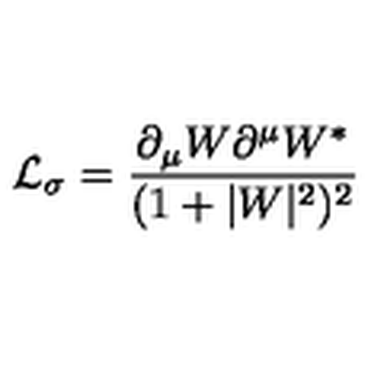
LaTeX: { \cal L } _ { \sigma } = \frac { \partial _ { \mu } W \partial ^ { \mu } W ^ { * } } { ( 1 + | W | ^ { 2 } ) ^ { 2 } }